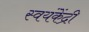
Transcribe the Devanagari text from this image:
स्वयंकेंद्री